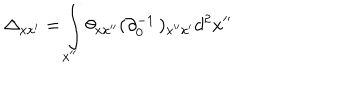
\Delta _ { x x ^ { \prime } } = \int _ { x ^ { \prime \prime } } \theta _ { x x ^ { \prime \prime } } ( \partial _ { 0 } ^ { - 1 } \, ) _ { x ^ { \prime \prime } x ^ { \prime } } d ^ { 2 } x ^ { \prime \prime }